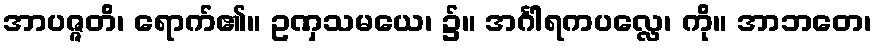
အာပဇ္ဇတိ၊ ရောက်၏။ ဥဏှသမယေ၊ ၌။ အင်္ဂါရကပလ္လေ၊ ကို။ အာဘတေ၊